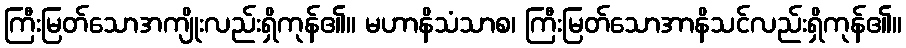
ကြီးမြတ်သောအကျိုးလည်းရှိကုန်၏။ မဟာနိသံသာစ၊ ကြီးမြတ်သောအာနိသင်လည်းရှိကုန်၏။